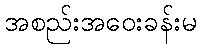
အစည်းအဝေးခန်းမ